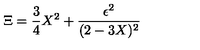
\Xi = { \frac { 3 } { 4 } } X ^ { 2 } + { \frac { \epsilon ^ { 2 } } { ( 2 - 3 X ) ^ { 2 } } }